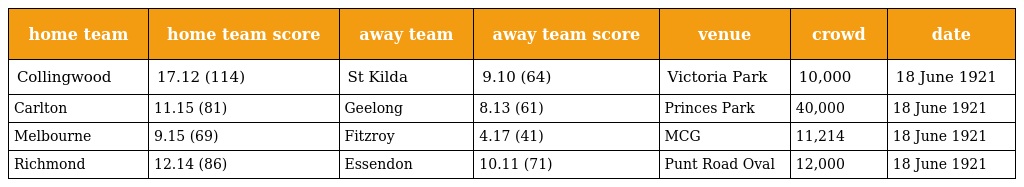
| home team | home team score | away team | away team score | venue | crowd | date |
 | --- | --- | --- | --- | --- | --- | --- |
 | Collingwood | 17.12 (114) | St Kilda | 9.10 (64) | Victoria Park | 10,000 | 18 June 1921 |
 | Carlton | 11.15 (81) | Geelong | 8.13 (61) | Princes Park | 40,000 | 18 June 1921 |
 | Melbourne | 9.15 (69) | Fitzroy | 4.17 (41) | MCG | 11,214 | 18 June 1921 |
 | Richmond | 12.14 (86) | Essendon | 10.11 (71) | Punt Road Oval | 12,000 | 18 June 1921 |